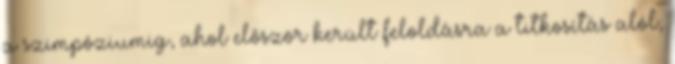
a szimpóziumig, ahol először került feloldásra a titkosítás alól,